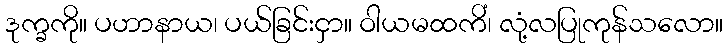
ဒုက္ခကို။ ပဟာနာယ၊ ပယ်ခြင်းငှာ။ ဝါယမထကိံ၊ လုံ့လပြုကုန်သလော။